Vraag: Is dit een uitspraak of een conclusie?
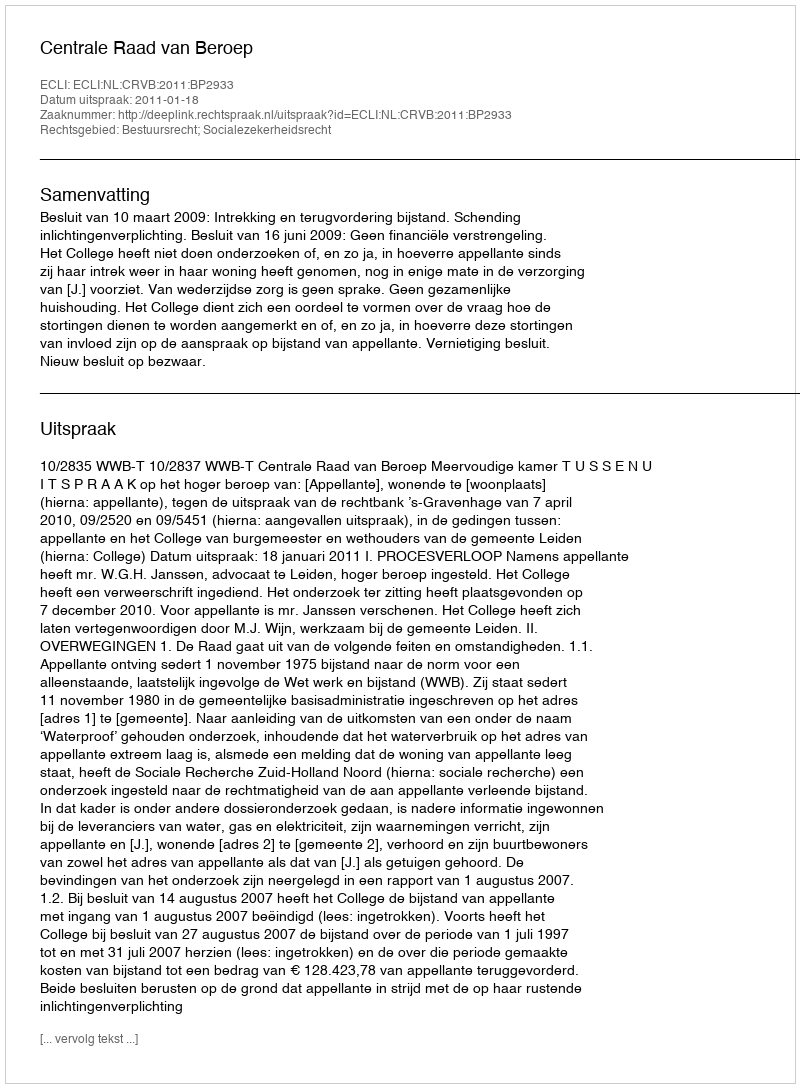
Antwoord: Uitspraak